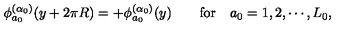
\phi _ { a _ { 0 } } ^ { ( \alpha _ { 0 } ) } ( y + 2 \pi R ) = + \phi _ { a _ { 0 } } ^ { ( \alpha _ { 0 } ) } ( y ) \qquad \mathrm { f o r } \quad a _ { 0 } = 1 , 2 , \cdots , L _ { 0 } ,